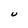
Character: u